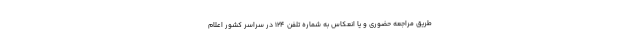
طریق مراجعه حضوری و یا انعکاس به شماره تلفن ۱۲۴ در سراسر کشور اعلام